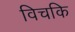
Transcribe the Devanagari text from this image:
विचकि